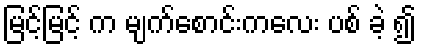
မြင့်မြင့် က မျက်စောင်းကလေး ပစ် ခဲ့ ၍